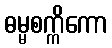
ဓမ္မစက္ကိကော